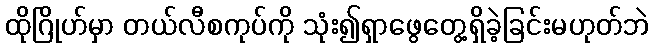
ထိုဂြိုဟ်မှာ တယ်လီစကုပ်ကို သုံး၍ရှာဖွေတွေ့ရှိခဲ့ခြင်းမဟုတ်ဘဲ